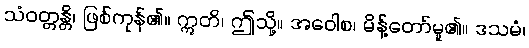
သံဝတ္တန္တိ၊ ဖြစ်ကုန်၏။ ဣတိ၊ ဤသို့။ အဝေါစ၊ မိန့်တော်မူ၏။ ဒသမံ၊